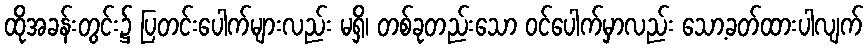
ထိုအခန်းတွင်း၌ ပြတင်းပေါက်များလည်း မရှိ၊ တစ်ခုတည်းသော ဝင်ပေါက်မှာလည်း သော့ခတ်ထားပါလျက်